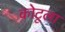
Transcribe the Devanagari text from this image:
कोटूला